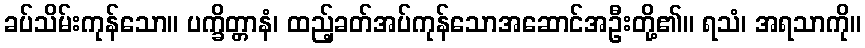
ခပ်သိမ်းကုန်သော။ ပက္ခိတ္တာနံ၊ ထည့်ခတ်အပ်ကုန်သောအဆောင်အဦးတို့၏။ ရသံ၊ အရသာကို။